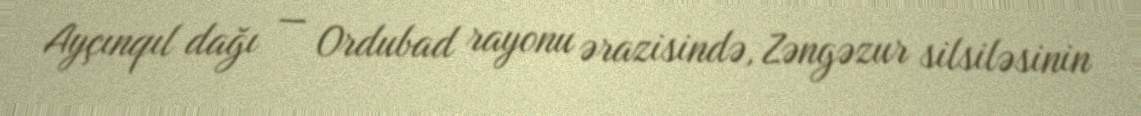
Ayçınqıl dağı — Ordubad rayonu ərazisində, Zəngəzur silsiləsinin